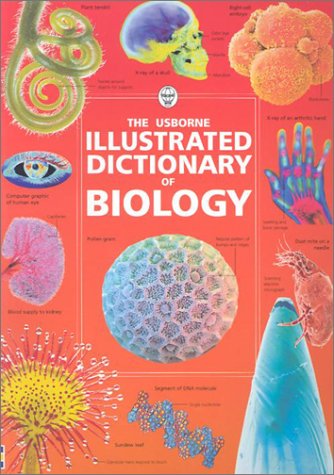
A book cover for Illustrated Dictionary of Biology (Usborne Illustrated Dictionaries); Corinne Stockley; Teen & Young Adult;